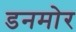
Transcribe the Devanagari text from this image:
डनमोर